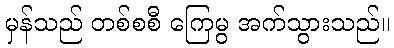
မှန်သည် တစ်စစီ ကြေမွ အက်သွားသည်။